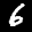
Label: 6